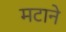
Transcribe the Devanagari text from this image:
मटाने